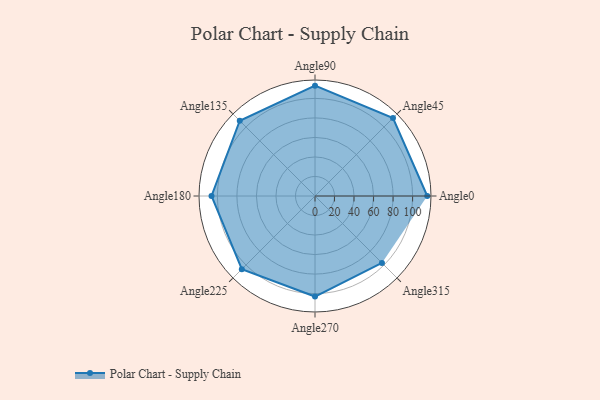
{"axis": {"x": "Angle", "y": "Radius"}, "legend": [""], "data": [{"x": "Angle0", "y": 115.0, "type": ""}, {"x": "Angle45", "y": 113.0, "type": ""}, {"x": "Angle90", "y": 113.0, "type": ""}, {"x": "Angle135", "y": 109.0, "type": ""}, {"x": "Angle180", "y": 106.0, "type": ""}, {"x": "Angle225", "y": 106.0, "type": ""}, {"x": "Angle270", "y": 103.0, "type": ""}, {"x": "Angle315", "y": 97.0, "type": ""}]}